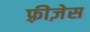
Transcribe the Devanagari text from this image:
फ़्रीज़ेस